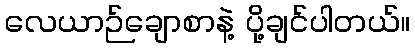
လေယာဉ်ချောစာနဲ့ ပို့ချင်ပါတယ်။